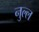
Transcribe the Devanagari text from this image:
नुल्ल